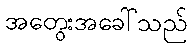
အတွေးအခေါ်သည်